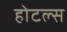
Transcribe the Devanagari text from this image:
होटल्‍स